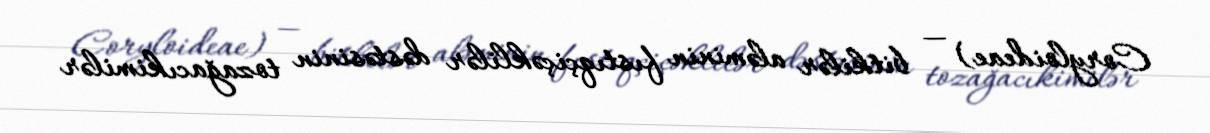
Coryloideae) — bitkilər aləminin fıstıqçiçəklilər dəstəsinin tozağacıkimilər